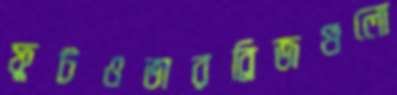
ফুটওভারব্রিজগুলো